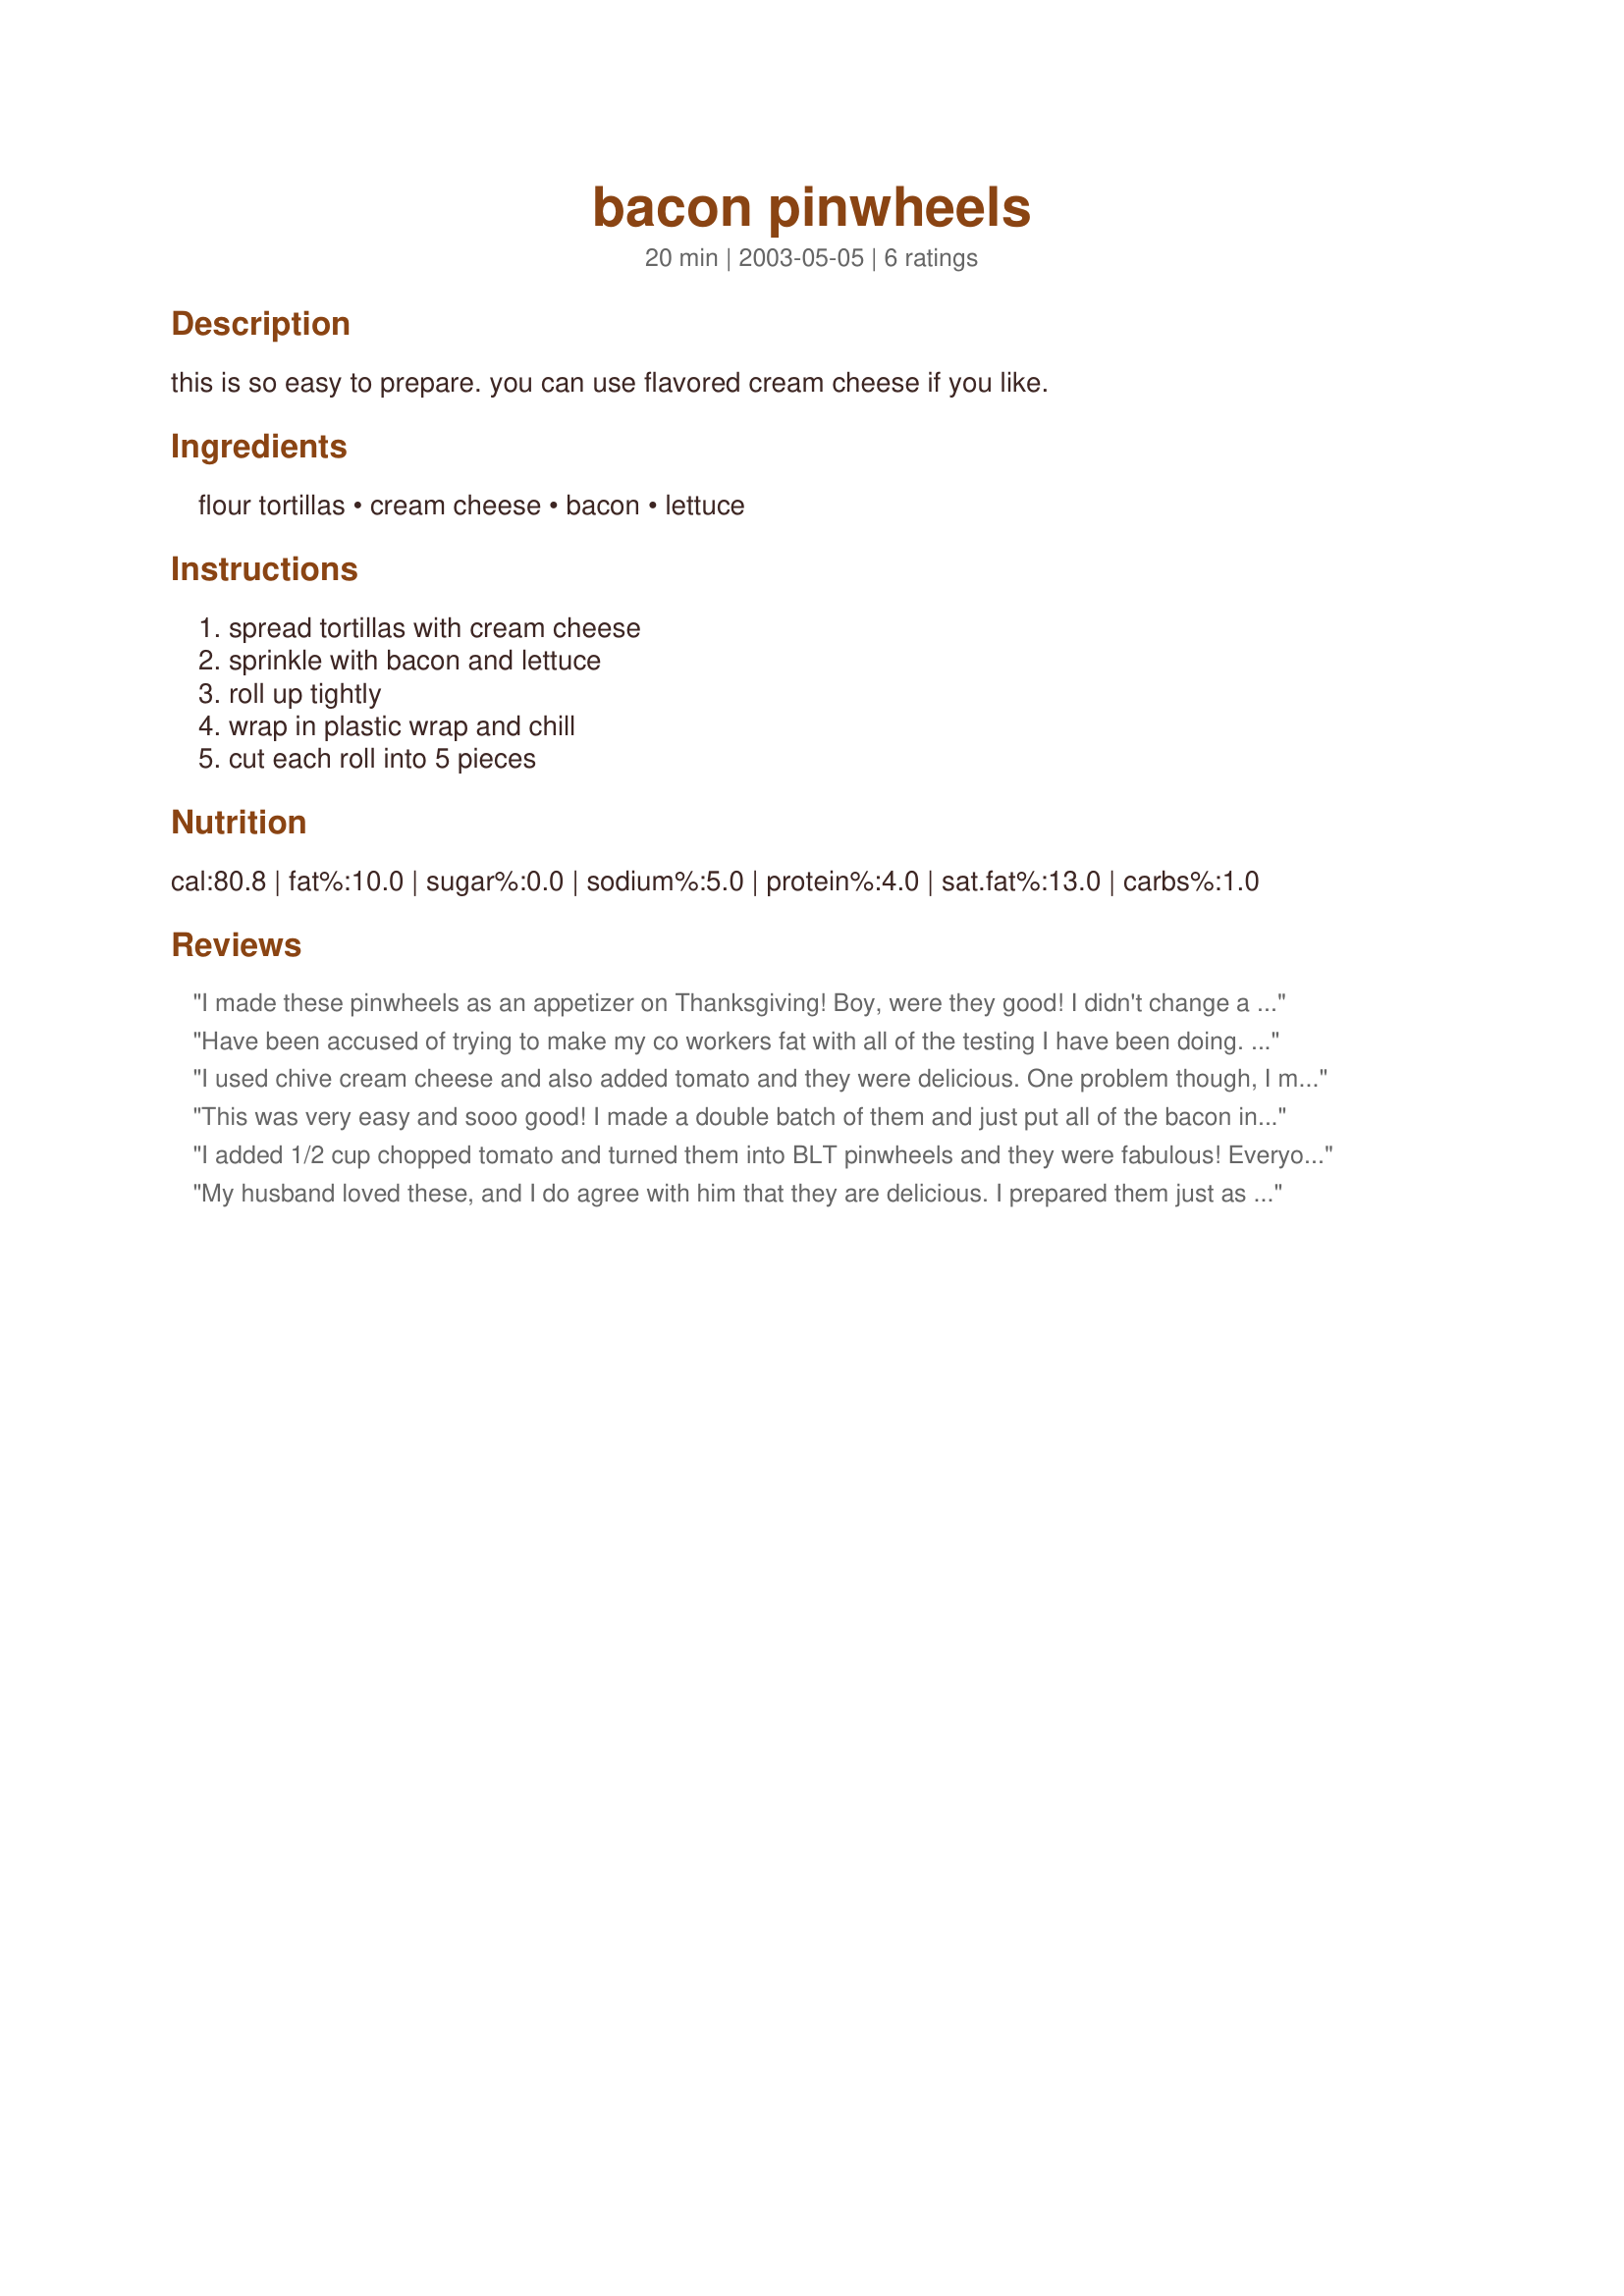
bacon pinwheels
Preparation time: 20 minutes

this is so easy to prepare. you can use flavored cream cheese if you like.

Ingredients:
flour tortillas, cream cheese, bacon, lettuce

Steps:
spread tortillas with cream cheese, sprinkle with bacon and lettuce, roll up tightly, wrap in plastic wrap and chill, cut each roll into 5 pieces

Reviews:
I made these pinwheels as an appetizer on Thanksgiving! Boy, were they good! I didn't change a thing in the recipe, but next time I may add some chopped tomatoes. These little appetizers were gone in no time!
Have been accused of trying to make my co workers fat with all of the testing I have been doing. These were great as written and with tomatoes as suggested. The third time I mised a little ranch dressing with the cream cheese. Another dimension!
Thank you!
Margie
I used chive cream cheese and also added tomato and they were delicious. One problem though, I made them several hours in advance and the lettuce got soggy. But it didn't stop every last one from being eaten!
This was very easy and sooo good! I made a double batch of them and just put all of the bacon in the oven to bake it - so much easier! Very good for a party - will try it w/ tomatoes next time for a BLT pinwheel. Thanks for sharing Fluffy!
I added 1/2 cup chopped tomato and turned them into BLT pinwheels and they were fabulous! Everyone loves the little appetizers! Thanks :)
My husband loved these, and I do agree with him that they are delicious. I prepared them just as described, but cut each "roll" into 7 or 8 pieces, and also cut off and discarded the uneven ends. They are pretty and were well-appreciated by my guests. Thanks for posting !
